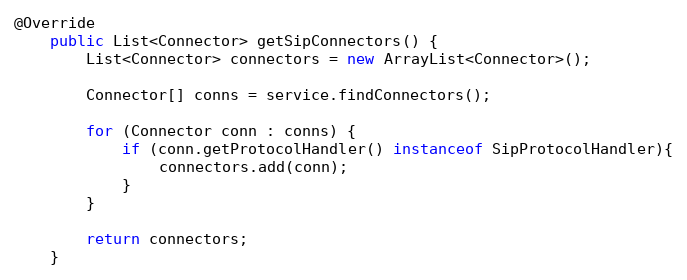
Language: Java
@Override
	public List<Connector> getSipConnectors() {
		List<Connector> connectors = new ArrayList<Connector>();

		Connector[] conns = service.findConnectors();

		for (Connector conn : conns) {
			if (conn.getProtocolHandler() instanceof SipProtocolHandler){
				connectors.add(conn);
			}
		}

		return connectors;
	}